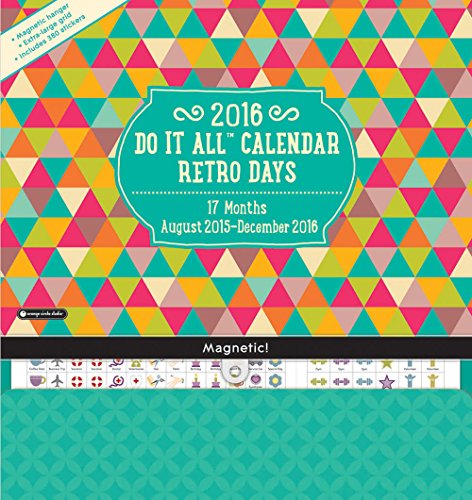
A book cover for Orange Circle Studio 17-Month 2016 Do It All Magnetic Wall Calendar, Retro Days; Orange Circle Studios; Calendars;